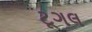
ટૂગલ